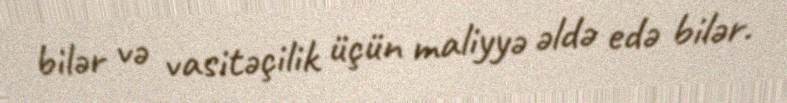
bilər və vasitəçilik üçün maliyyə əldə edə bilər.